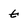
Character: t